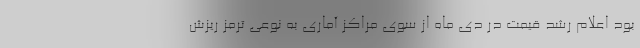
بود اعلام رشد قیمت در دی ماه از سوی مراکز آماری به نوعی ترمز ریزش